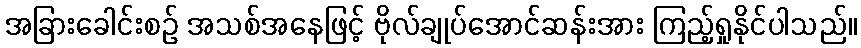
အခြားခေါင်းစဉ် အသစ်အနေဖြင့် ဗိုလ်ချုပ်အောင်ဆန်းအား ကြည့်ရှုနိုင်ပါသည်။